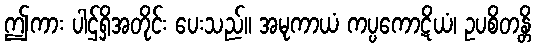
ဤကား ပါဌ်ရှိအတိုင်း ပေးသည်။ အမုကာယံ ကပ္ပကောဋိယံ၊ ဥပစိတန္တိ